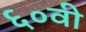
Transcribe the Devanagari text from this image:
६०वी